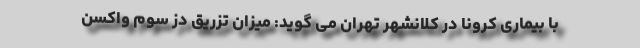
با بیماری کرونا در کلانشهر تهران می گوید: میزان تزریق دز سوم واکسن